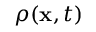
\rho ( \ensuremath { \mathbf { x } } , t )